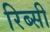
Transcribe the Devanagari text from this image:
रिब्सी